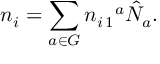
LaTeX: n _ { i } = \sum _ { a \in G } n _ { i \, 1 } { } ^ { a } \hat { N } _ { a } .